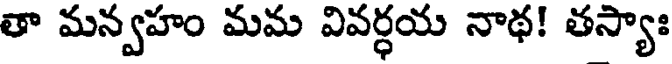
తా మన్వహం మమ వివర్ధయ నాథ! తస్యాః